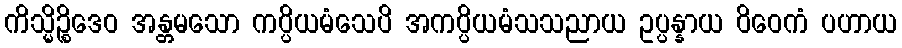
ကိသ္မိဉ္စိဒေဝ အန္တမသော ကပ္ပိယမံသေပိ အကပ္ပိယမံသသညာယ ဥပ္ပန္နာယ ဝိဝေကံ ပဟာယ